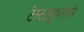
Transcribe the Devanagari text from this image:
टेस्टट्यूबमध्ये